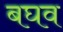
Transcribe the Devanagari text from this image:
बघव